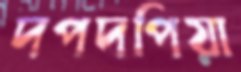
দপদপিয়া